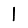
Digit: 1